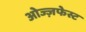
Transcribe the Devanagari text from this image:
ओज्ज़फेस्ट